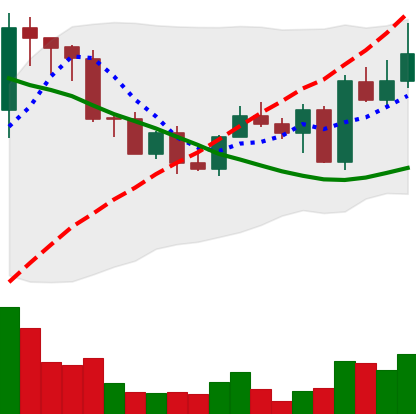
Ticker: EOS-USD
Chart end date: 2022-09-10
Forward return: -21.355%
Label: down_7plus